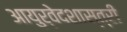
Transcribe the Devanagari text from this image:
आयुर्वेदशास्‍त्री